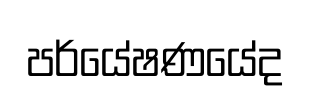
පර්යේෂණයේද